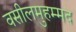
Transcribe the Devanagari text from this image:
वसीलमुहम्मद